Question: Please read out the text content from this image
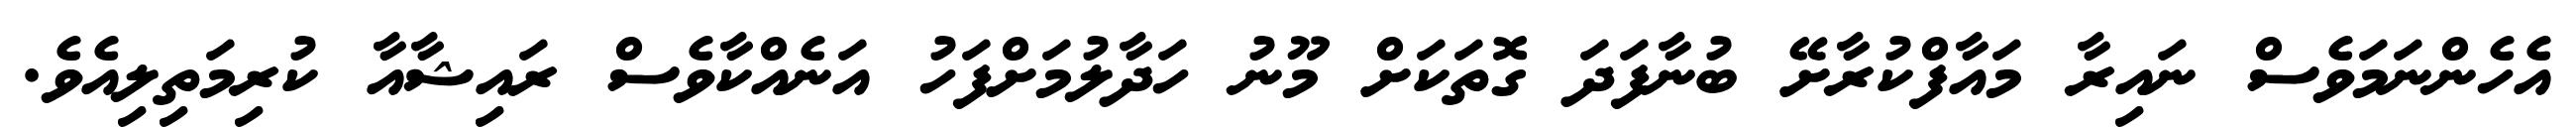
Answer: އެހެންނަމަވެސް ނައިރާ މައާފްކުރާށޭ ބުނާފަދަ ގޮތަކަށް މޫނު ހަދާލުމަށްފަހު އަނެއްކާވެސް ރައިޝާއާ ކުރިމަތިލިއެވެ.